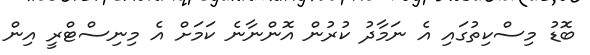
ބޮޑު މިސްކިތުގައި އެ ނަމާދު ކުރުން އޮންނާނެ ކަމަށް އެ މިނިސްޓްރީ އިން